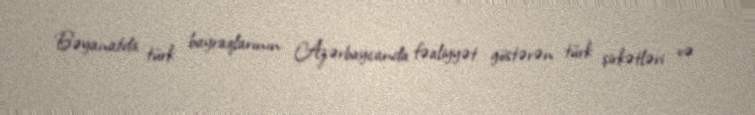
Bəyanatda türk bayraqlarının Azərbaycanda fəaliyyət göstərən türk şirkətləri və